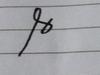
Signature authenticity: forged